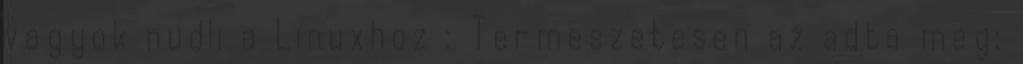
vagyok nudli a Linuxhoz : Termeszetesen az adta meg: